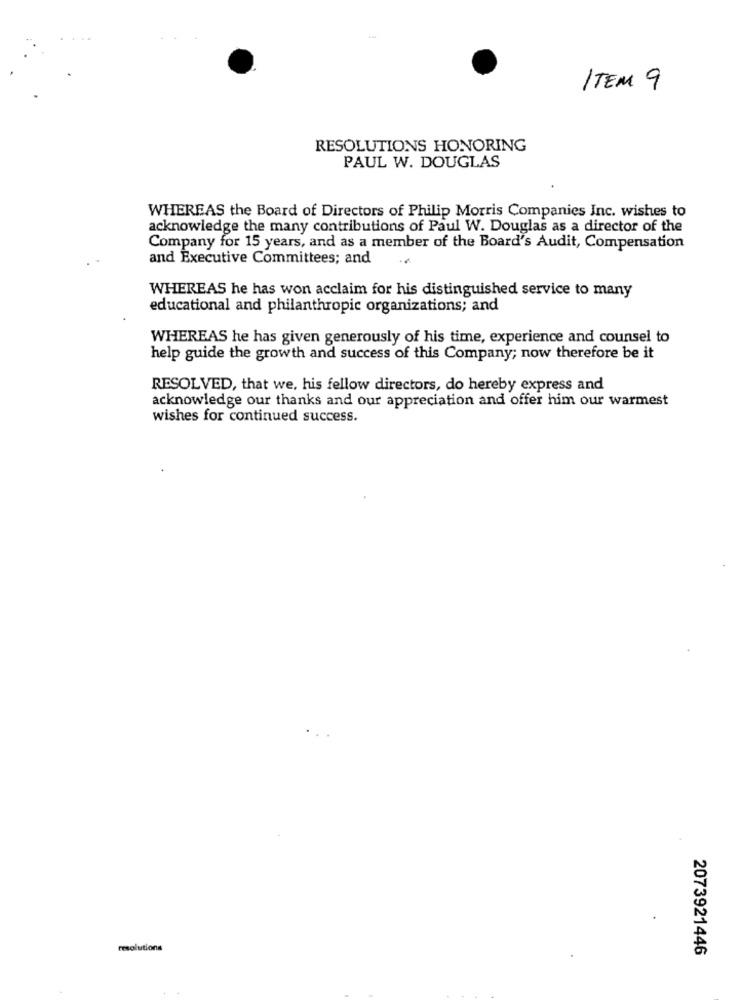
ITEM 9
RESOLUTIONS HONORING
PAUL W. DOUGLAS
WHEREAS the Board of Directors of Philip Morris Companies Inc. wishes to
acknowledge the many contributions of Paul W. Douglas as a director of the
Company for 15 years, and as a member of the Board's Audit, Compensation
and Executive Committees; and
WHEREAS he has won acclaim for his distinguished service to many
educational and philanthropic organizations; and
WHEREAS he has given generously of his time, experience and counsel to
help guide the growth and success of this Company; now therefore be it
RESOLVED, that we, his fellow directors, do hereby express and
acknowledge our thanks and our appreciation and offer him our warmest
wishes for continued success.
resolutions
2073921446